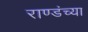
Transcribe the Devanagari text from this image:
राण्डंच्या